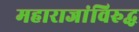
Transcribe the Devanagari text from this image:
महाराजांविरुद्ध